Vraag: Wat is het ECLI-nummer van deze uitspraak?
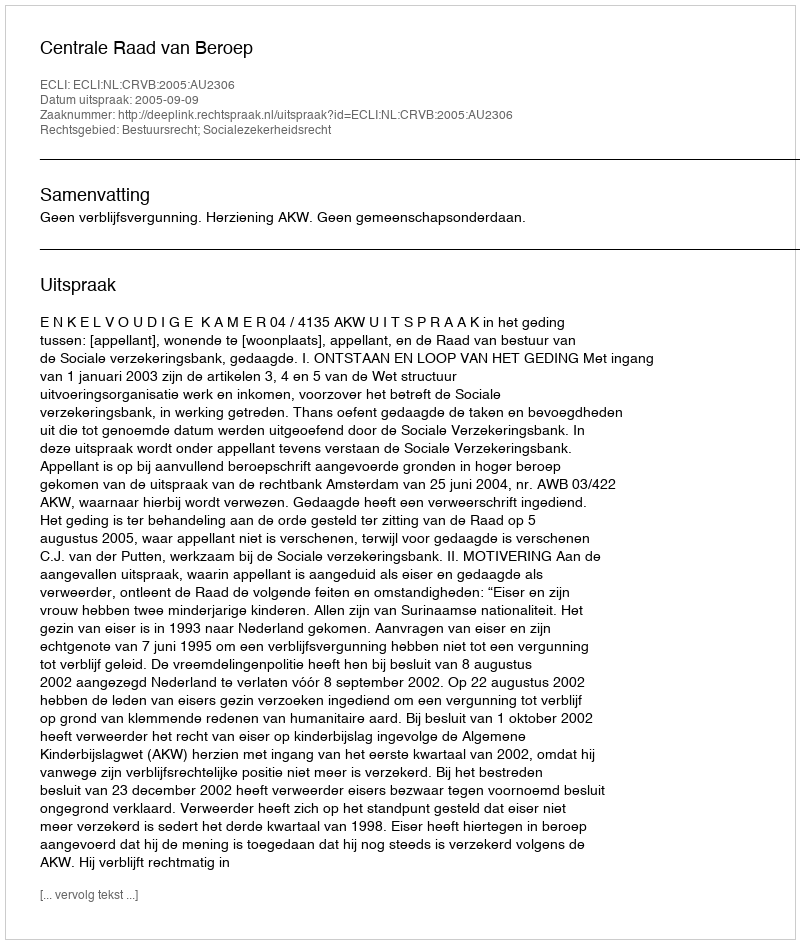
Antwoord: ECLI:NL:CRVB:2005:AU2306